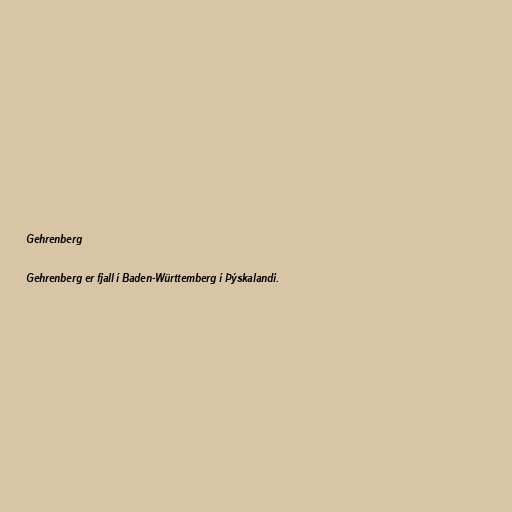
Gehrenberg

Gehrenberg er fjall í Baden-Württemberg í Þýskalandi.